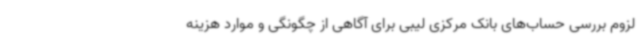
لزوم بررسی حساب‌های بانک مرکزی لیبی برای آگاهی از چگونگی و موارد هزینه